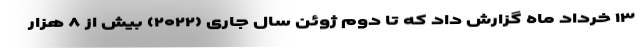
۱۳ خرداد ماه گزارش داد که تا دوم ژوئن سال جاری (۲۰۲۲) بیش از ۸ هزار